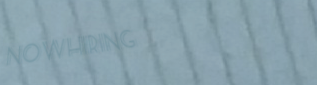
NowHiring